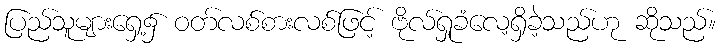
ပြည်သူများရှေ့၌ ဝတ်လစ်စားလစ်ဖြင့် ဗိုလ်ရှုခံလေ့ရှိခဲ့သည်ဟု ဆိုသည်။